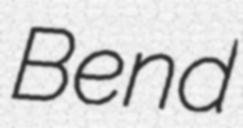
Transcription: Bend